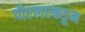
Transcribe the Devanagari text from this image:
पीएलएकडून